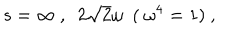
s = \infty \ , \ \ 2 \sqrt { 2 } \omega \ \ ( \ \omega ^ { 4 } = 1 ) \ ,